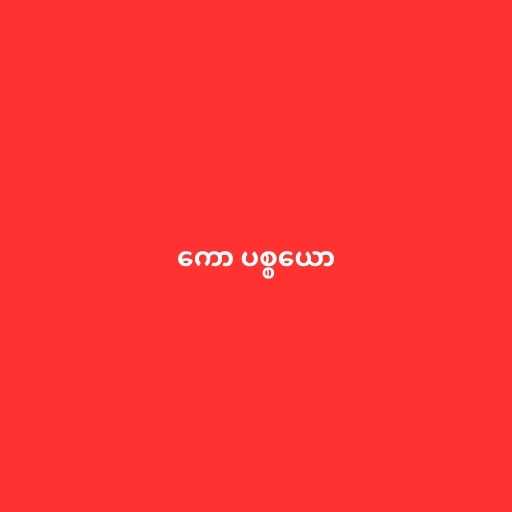
ကော ပစ္စယော